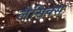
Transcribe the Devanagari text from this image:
लैसिक्स